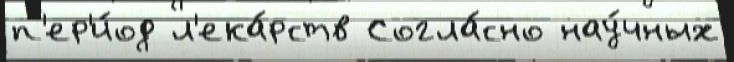
п'ер'и́од л'ека́рств Согла́сно нау́чных